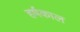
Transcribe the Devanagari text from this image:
हर्षकाल